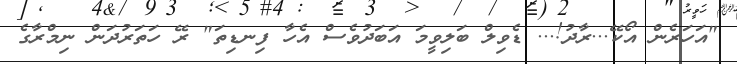
"އަހަރެން އޯކޭ...ރާދު!... ޑެވިލް ބަލިވީމަ އަބަދުވެސް އެހާ ފިނޑިތަ" ރޭ ހަތަރުދަން ނިމްރާގެ